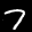
Label: 7